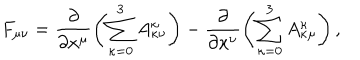
LaTeX: F _ { \mu \nu } = \frac { \partial } { \partial x ^ { \mu } } \left( \sum _ { \kappa = 0 } ^ { 3 } A _ { \kappa \nu } ^ { \kappa } \right) - \frac { \partial } { \partial x ^ { \nu } } \left( \sum _ { \kappa = 0 } ^ { 3 } A _ { \kappa \mu } ^ { \kappa } \right) ,